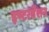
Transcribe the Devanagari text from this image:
इण्टरवेंशन